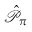
\hat { \mathscr { P } } _ { \pi }